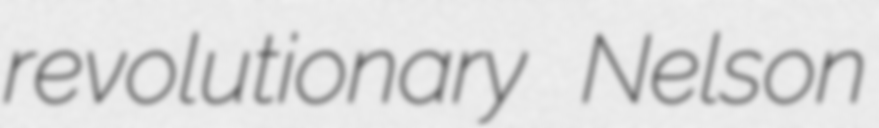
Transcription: revolutionary Nelson